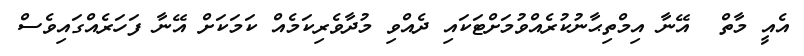
އެއީ މާތް  އޭނާ އިމްތިޙާނުކުރެއްވުމަށްޓަކައި ދެއްވި މުދާވެރިކަމެއް ކަމަކަށް އޭނާ ފަހަރެއްގައިވެސް